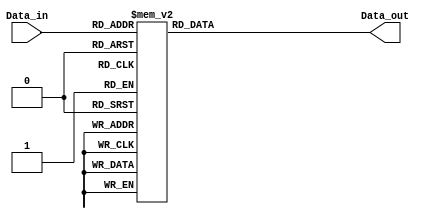

module decoder3to8(Data_in,Data_out);

    //what are the input ports and their sizes.
    input [2:0] Data_in;
    //what are the output ports and their sizes.
    output [7:0] Data_out;
    //Internal variables
    reg [7:0] Data_out;

    //Whenever there is a change in the Data_in, execute the always block.
    always @(Data_in)
    case (Data_in)   //case statement. Check all the 8 combinations.
        3'b000 : Data_out = 8'b00000001;
        3'b001 : Data_out = 8'b00000010;
        3'b010 : Data_out = 8'b00000100;
        3'b011 : Data_out = 8'b00001000;
        3'b100 : Data_out = 8'b00010000;
        3'b101 : Data_out = 8'b00100000;
        3'b110 : Data_out = 8'b01000000;
        3'b111 : Data_out = 8'b10000000;
        //To make sure that latches are not created create a default value for output.
        default : Data_out = 8'b00000000; 
    endcase
    
endmodule

//This is a testbench code used for testing the 3:8 decoder module.
//Since its a testbench code we dont need to define any inputs or outputs for the block.
module tb_decoder;

    // Declaring Inputs
    reg [2:0] Data_in;

    // Declaring Outputs
    wire [7:0] Data_out;

    // Instantiate the Unit Under Test (UUT)
    decoder3to8 uut (
        .Data_in(Data_in), 
        .Data_out(Data_out)
    );

    initial begin
        //Apply Input and wait for 100 ns
        Data_in = 3'b000;     #100;
        Data_in = 3'b001;     #100;
        Data_in = 3'b010;     #100;
        Data_in = 3'b011;     #100;
        Data_in = 3'b100;     #100;
        Data_in = 3'b101;     #100;
        Data_in = 3'b110;     #100;
        Data_in = 3'b111;     #100;
    end
	
	initial 
	$monitor("%b %b", Data_in, Data_out);
      
endmodule